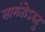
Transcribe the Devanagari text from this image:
सामंतोऽस्तु